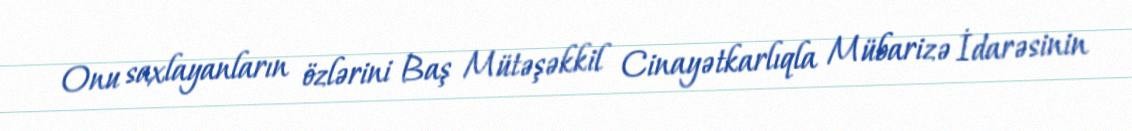
Onu saxlayanların özlərini Baş Mütəşəkkil Cinayətkarlıqla Mübarizə İdarəsinin